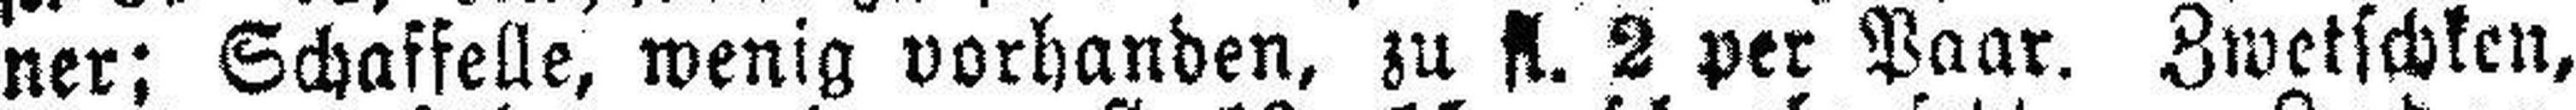
ner: Schaffelle, wenig vorhanden, zu fl. 2 per Paar. Zwetschken,